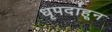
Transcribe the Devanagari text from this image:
धृपदांहून